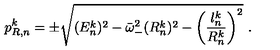
p _ { R , n } ^ { k } = \pm \sqrt { ( E _ { n } ^ { k } ) ^ { 2 } - \bar { \omega } _ { - } ^ { 2 } ( R _ { n } ^ { k } ) ^ { 2 } - \left( \frac { l _ { n } ^ { k } } { R _ { n } ^ { k } } \right) ^ { 2 } } \ .